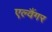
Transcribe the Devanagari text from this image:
एल्वैंगर